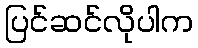
ပြင်ဆင်လိုပါက